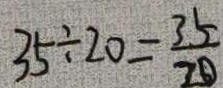
3 5 \div 2 0 = \frac { 3 5 } { 2 0 }